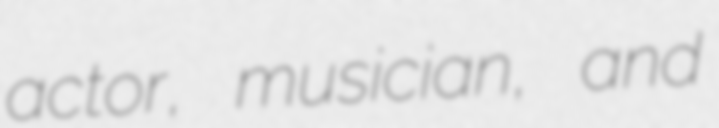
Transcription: actor, musician, and